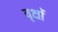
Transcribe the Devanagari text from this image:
बृक्षों